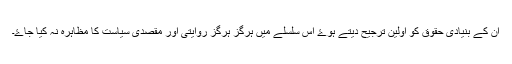
ان کے بنیادی حقوق کو اوّلین ترجیح دیتے ہوۓ اِس سلسلے میں ہرگز ہرگز روایتی اور مقصدی سیاست کا مظاہرہ نہ کیا جاۓ۔